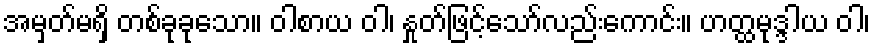
အမှတ်မရှိ တစ်ခုခုသော။ ဝါစာယ ဝါ၊ နှုတ်ဖြင့်သော်လည်းကောင်း။ ဟတ္ထမုဒ္ဒါယ ဝါ၊